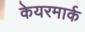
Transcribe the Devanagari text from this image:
केयरमार्क